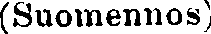
(Suomennos).